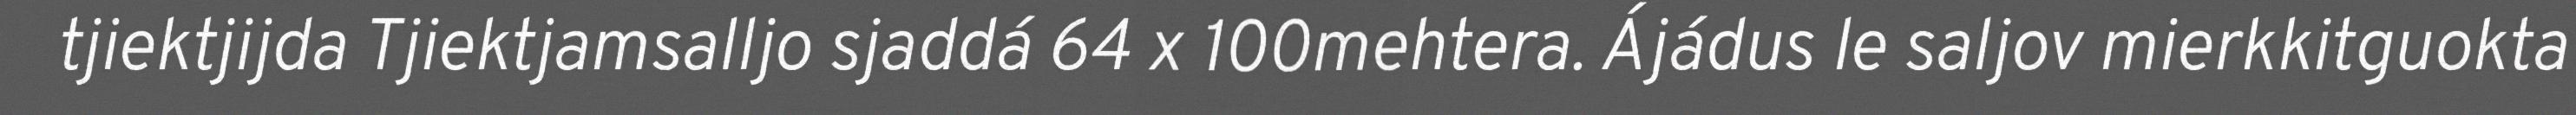
tjiektjijda Tjiektjamsalljo sjaddá 64 x 100mehtera. Ájádus le saljov mierkkitguokta